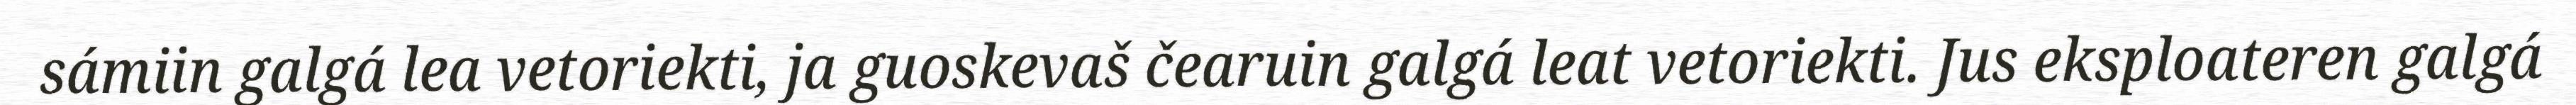
sámiin galgá lea vetoriekti, ja guoskevaš čearuin galgá leat vetoriekti. Jus eksploateren galgá